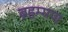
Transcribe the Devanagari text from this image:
ब्रहम्मण